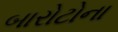
બારોટોના